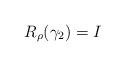
LaTeX: \begin{align*} R_\rho(\gamma_2)=I \end{align*}